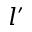
l ^ { \prime }